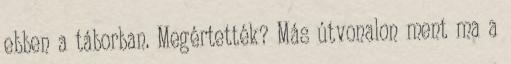
ebben a táborban. Megértették? Más útvonalon ment ma a